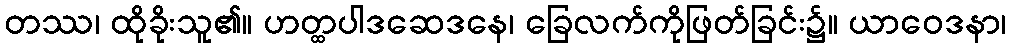
တဿ၊ ထိုခိုးသူ၏။ ဟတ္ထပါဒဆေဒနေ၊ ခြေလက်ကိုဖြတ်ခြင်း၌။ ယာဝေဒနာ၊